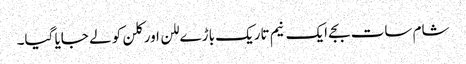
شام سات بجے ایک نیم تاریک باڑے للن اور کلن کو لے جایا گیا۔